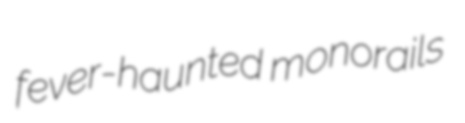
fever-haunted monorails